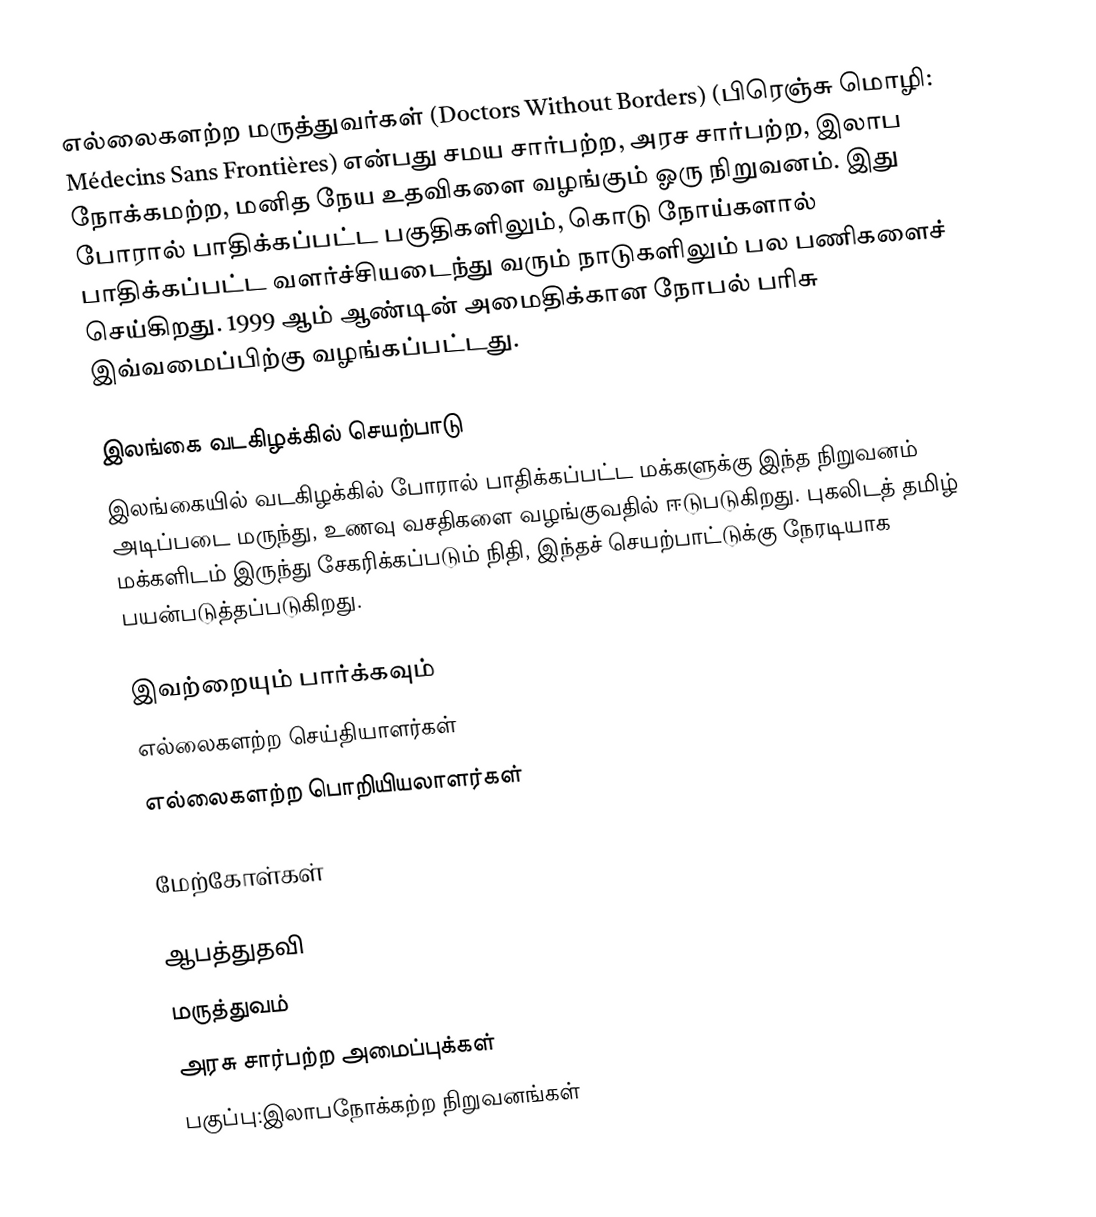
எல்லைகளற்ற மருத்துவர்கள் (Doctors Without Borders) (பிரெஞ்சு மொழி: Médecins Sans Frontières) என்பது சமய சார்பற்ற, அரச சார்பற்ற, இலாப நோக்கமற்ற, மனித நேய உதவிகளை வழங்கும் ஓரு நிறுவனம். இது போரால் பாதிக்கப்பட்ட பகுதிகளிலும், கொடு நோய்களால் பாதிக்கப்பட்ட வளர்ச்சியடைந்து வரும் நாடுகளிலும் பல பணிகளைச் செய்கிறது. 1999 ஆம் ஆண்டின் அமைதிக்கான நோபல் பரிசு இவ்வமைப்பிற்கு வழங்கப்பட்டது.

இலங்கை வடகிழக்கில் செயற்பாடு
இலங்கையில் வடகிழக்கில் போரால் பாதிக்கப்பட்ட மக்களுக்கு இந்த நிறுவனம் அடிப்படை மருந்து, உணவு வசதிகளை வழங்குவதில் ஈடுபடுகிறது. புகலிடத் தமிழ் மக்களிடம் இருந்து சேகரிக்கப்படும் நிதி, இந்தச் செயற்பாட்டுக்கு நேரடியாக பயன்படுத்தப்படுகிறது.

இவற்றையும் பார்க்கவும்
 எல்லைகளற்ற செய்தியாளர்கள்
 எல்லைகளற்ற பொறியியலாளர்கள்

மேற்கோள்கள்

ஆபத்துதவி
மருத்துவம்
அரசு சார்பற்ற அமைப்புக்கள்
பகுப்பு:இலாபநோக்கற்ற நிறுவனங்கள்